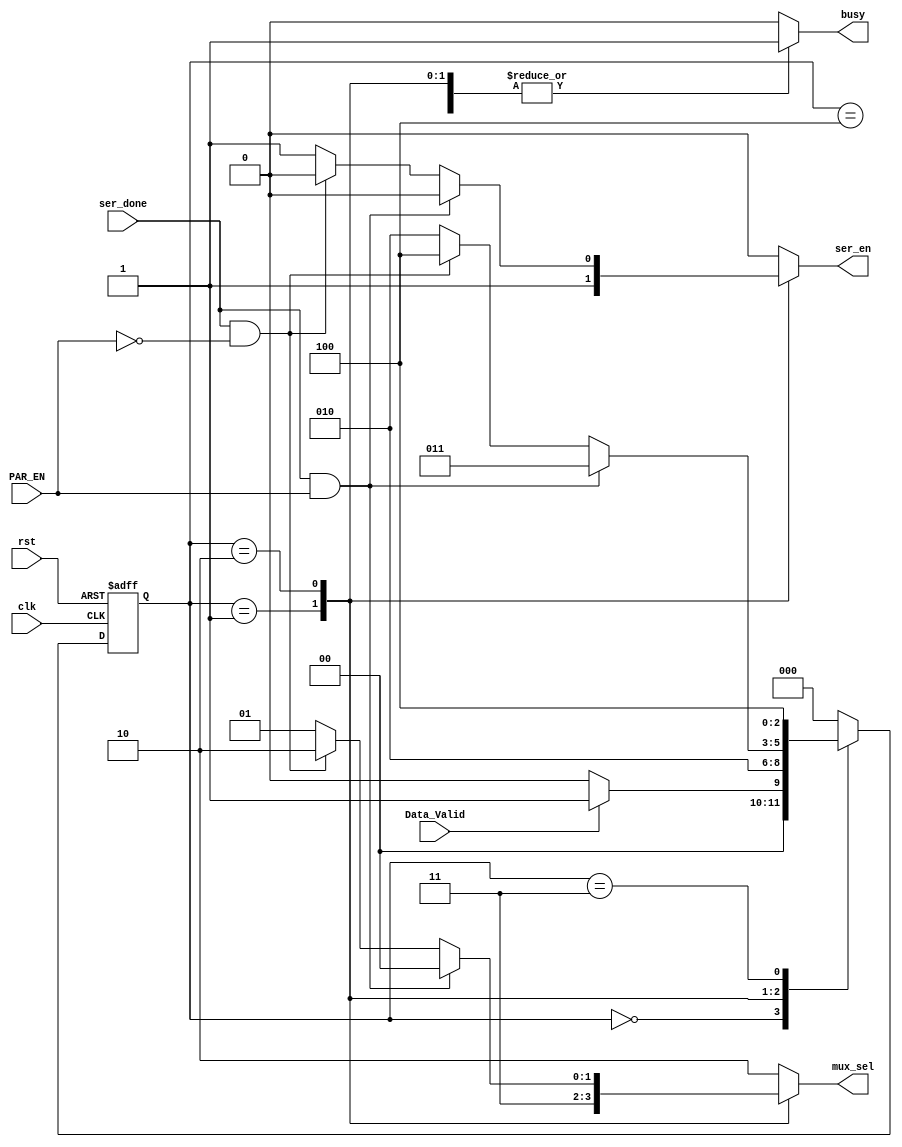
module UART_FSM_TX
(

input wire ser_done,
input wire Data_Valid,
input wire PAR_EN,
input wire clk,
input wire rst,

output reg  [1:0]mux_sel,
output reg  busy,
output reg  ser_en




);


localparam IDLE = 3'b000 ;
localparam sending_start = 3'b001;
localparam sending_data = 3'b010;
localparam sending_parity= 3'b011;
localparam sending_stop = 3'b100;


reg [2:0]present_state,next_state;

// output and next state logic.

always @(posedge clk , negedge rst) begin
    if(!rst)

    begin

    present_state <= IDLE;
   
    end

    else

    begin 

    present_state <= next_state;

    end 

end

always@(*)

begin
mux_sel = 2'b10;
busy = 1'b0;
ser_en = 1'b0;
next_state = IDLE;

case (present_state)
    IDLE:
    begin
    if(Data_Valid == 0)
    begin

        next_state = IDLE;


    end 
    else

    begin
    
        next_state = sending_start;


    end

    end 

    sending_start:
    begin

      mux_sel = 2'b11;
      ser_en = 1'b1;
      busy = 1'b1;
      next_state = sending_data;

    end

    sending_data:
    begin
     
     if(ser_done && PAR_EN)
     begin
     
     next_state= sending_parity;
     busy = 1'b1;
     mux_sel = 2'b00;


     end


    else if(ser_done && !PAR_EN)

    begin

        next_state = sending_stop;
        busy = 1'b1;
        mux_sel = 2'b10;

    end



     else

     begin
    
    mux_sel = 2'b01;
    ser_en = 1'b1;
    busy = 1'b1;
    next_state = sending_data;
        

     end

    end

    sending_parity:
    begin

    mux_sel = 2'b10;
    ser_en = 1'b0;
    busy = 1'b1;

    next_state = sending_stop;

    end

   sending_stop:
   begin
   
   mux_sel = 2'b10;
   busy = 1'b1;
   ser_en = 1'b0;
   
   next_state = IDLE;

   end


   
endcase









end 


endmodule